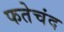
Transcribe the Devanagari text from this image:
फतेचंद